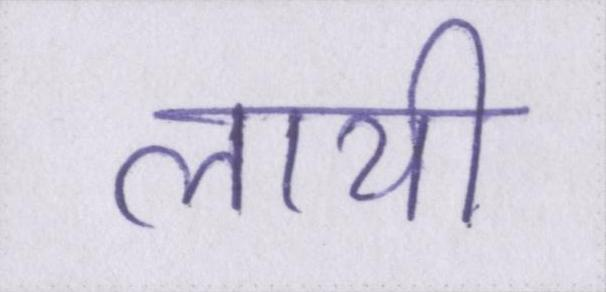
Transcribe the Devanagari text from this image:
लायी